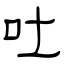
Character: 吐